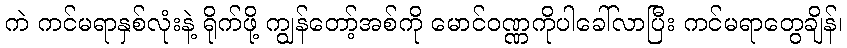
ကဲ ကင်မရာနှစ်လုံးနဲ့ ရိုက်ဖို့ ကျွန်တော့်အစ်ကို မောင်ဝဏ္ဏကိုပါခေါ်လာပြီး ကင်မရာတွေချိန်၊